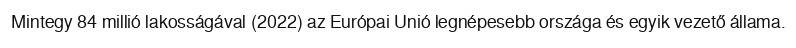
Mintegy 84 millió lakosságával (2022) az Európai Unió legnépesebb országa és egyik vezető állama.